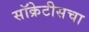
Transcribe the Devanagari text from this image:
सॉक्रेटीसचा